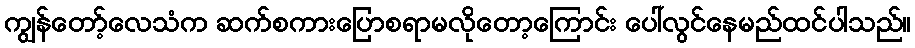
ကျွန်တော့်လေသံက ဆက်စကားပြောစရာမလိုတော့ကြောင်း ပေါ်လွင်နေမည်ထင်ပါသည်။